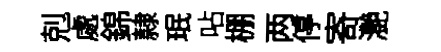
剋處錦隷珉呫棚两停寄灔